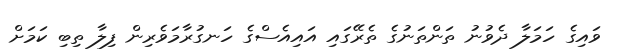
ވައިގެ ހަމަލާ ދެވުނު ތަންތަނުގެ ތެރޭގައި އައިއެސްގެ ހަނގުރާމަވެރިން ފިލާ ތިބި ކަމަށް